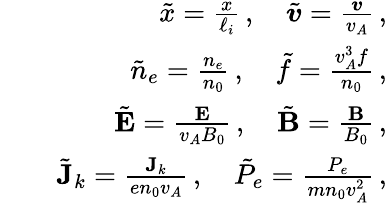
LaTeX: \begin{array}{rlr}&{}&{\tilde{x}=\frac{x}{\ell_{i}}\, ,\quad\tilde{\boldsymbol{v}}=\frac{\boldsymbol{v}}{v_{A}}\, ,}\\ &{}&{\tilde{n}_{e}=\frac{n_{e}}{n_{0}}\, ,\quad\tilde{f}=\frac{v_{A}^{3}f}{n_{0}}\, ,}\\ &{}&{\tilde{\textbf{E}}=\frac{\textbf{E}}{v_{A}B_{0}}\, ,\quad\tilde{\textbf{B}}=\frac{\textbf{B}}{B_{0}}\, ,}\\ &{}&{\tilde{\textbf{J}}_{k}=\frac{\textbf{J}_{k}}{en_{0}v_{A}}\, ,\quad\tilde{P}_{e}=\frac{P_{e}}{mn_{0}v_{A}^{2}}\, ,}\end{array}